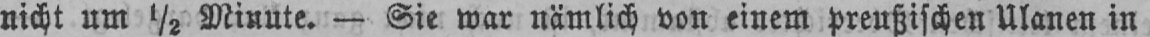
nicht um ½ Minute. - Sie war nämlich von einem preußischen Ulanen in